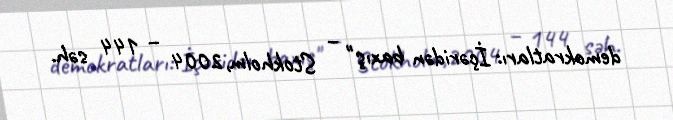
demokratları: İçəridən baxış" – Stokholm,2004 – 144 səh.